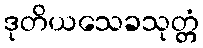
ဒုတိယသေခသုတ္တံ